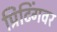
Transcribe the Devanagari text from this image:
प्रिंटिंगवर